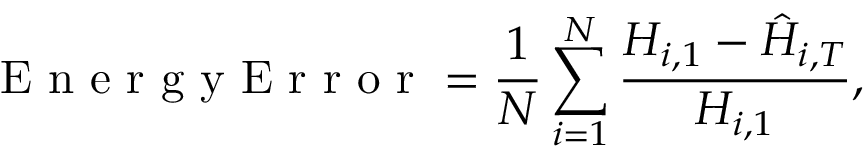
\mathrm { ~ E ~ n ~ e ~ r ~ g ~ y ~ E ~ r ~ r ~ o ~ r ~ } = \frac { 1 } { N } \sum _ { i = 1 } ^ { N } \frac { H _ { i , 1 } - \hat { H } _ { i , T } } { H _ { i , 1 } } ,